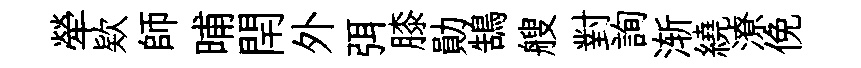
犖欵師晡閈外弭膝勛鵠艘對詢渐繞潦俛